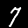
Digit: 7